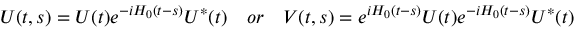
U ( t , s ) = U ( t ) e ^ { - i H _ { 0 } ( t - s ) } U ^ { * } ( t ) \quad o r \quad V ( t , s ) = e ^ { i H _ { 0 } ( t - s ) } U ( t ) e ^ { - i H _ { 0 } ( t - s ) } U ^ { * } ( t )